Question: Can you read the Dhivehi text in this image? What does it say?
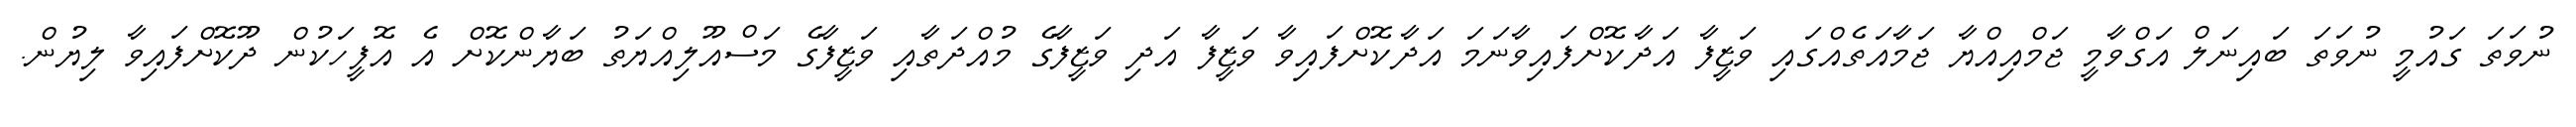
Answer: ނުވަތަ ގައުމީ ނުވަތަ ބައިނަލް އަގްވާމީ ޖަމްއިއްޔާ ޖަމާއަތެއްގައި ވަޒީފާ އަދާކޮށްފައިވާނަމަ އަދާކޮށްފައިވާ ވަޒީފާ އަދި ވަޒީފާގެ މުއްދަތާއި ވަޒީފާގެ މަސްއޫލިއްޔަތު ބަޔާންކޮށް އެ އޮފީހަކުން ދޫކޮށްފައިވާ ލިޔުން.